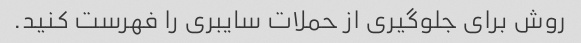
روش برای جلوگیری از حملات سایبری را فهرست کنید.